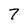
Character: 7